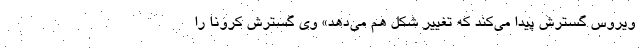
ویروس گسترش پیدا می‌کند که تغییر شکل هم می‌دهد» وی گسترش کرونا را